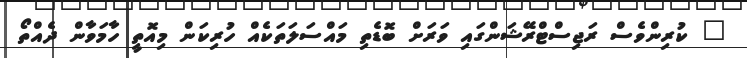
" ކުރިންވެސް ރަޖިސްޓްރޭޝަންގައި ވަރަށް ބޮޑެތި މައްސަލަތަކެއް ހުރިކަން މިއޮތީ ހާމަވާން ދެއްތޯ